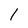
Character: I